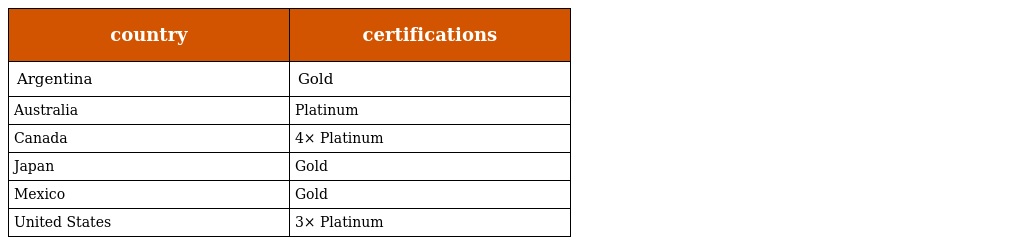
| country | certifications |
 | --- | --- |
 | Argentina | Gold |
 | Australia | Platinum |
 | Canada | 4× Platinum |
 | Japan | Gold |
 | Mexico | Gold |
 | United States | 3× Platinum |